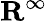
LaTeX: \mathbf{R}^{\infty}